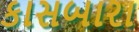
કાસબારા